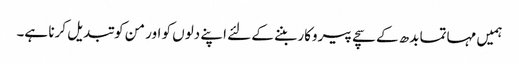
ہمیں مہاتما بدھ کے سچے پیروکار بننے کے لئے اپنے دلوں کو اور من کو تبدیل کرنا ہے۔